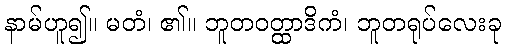
နာမ်ဟူ၍။ မတံ၊ ၏။ ဘူတဝတ္ထာဒိကံ၊ ဘူတရုပ်လေးခု